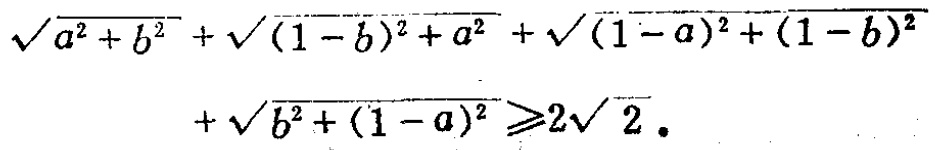
\(\sqrt{a^{2}+b^{2}}+\sqrt{(1 - b)^{2}+a^{2}}+\sqrt{(1 - a)^{2}+(1 - b)^{2}}+\sqrt{b^{2}+(1 - a)^{2}}\geqslant2\sqrt{2}\)